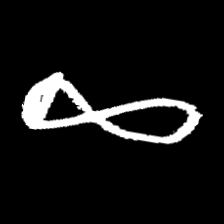
Pyu character \u2014 Myanmar letter: ဆ (romanized: cha)